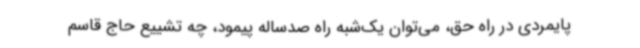
پایمردی در راه حق، می‌توان یک‌شبه راه صدساله پیمود، چه تشییع حاج قاسم